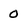
Character: 0